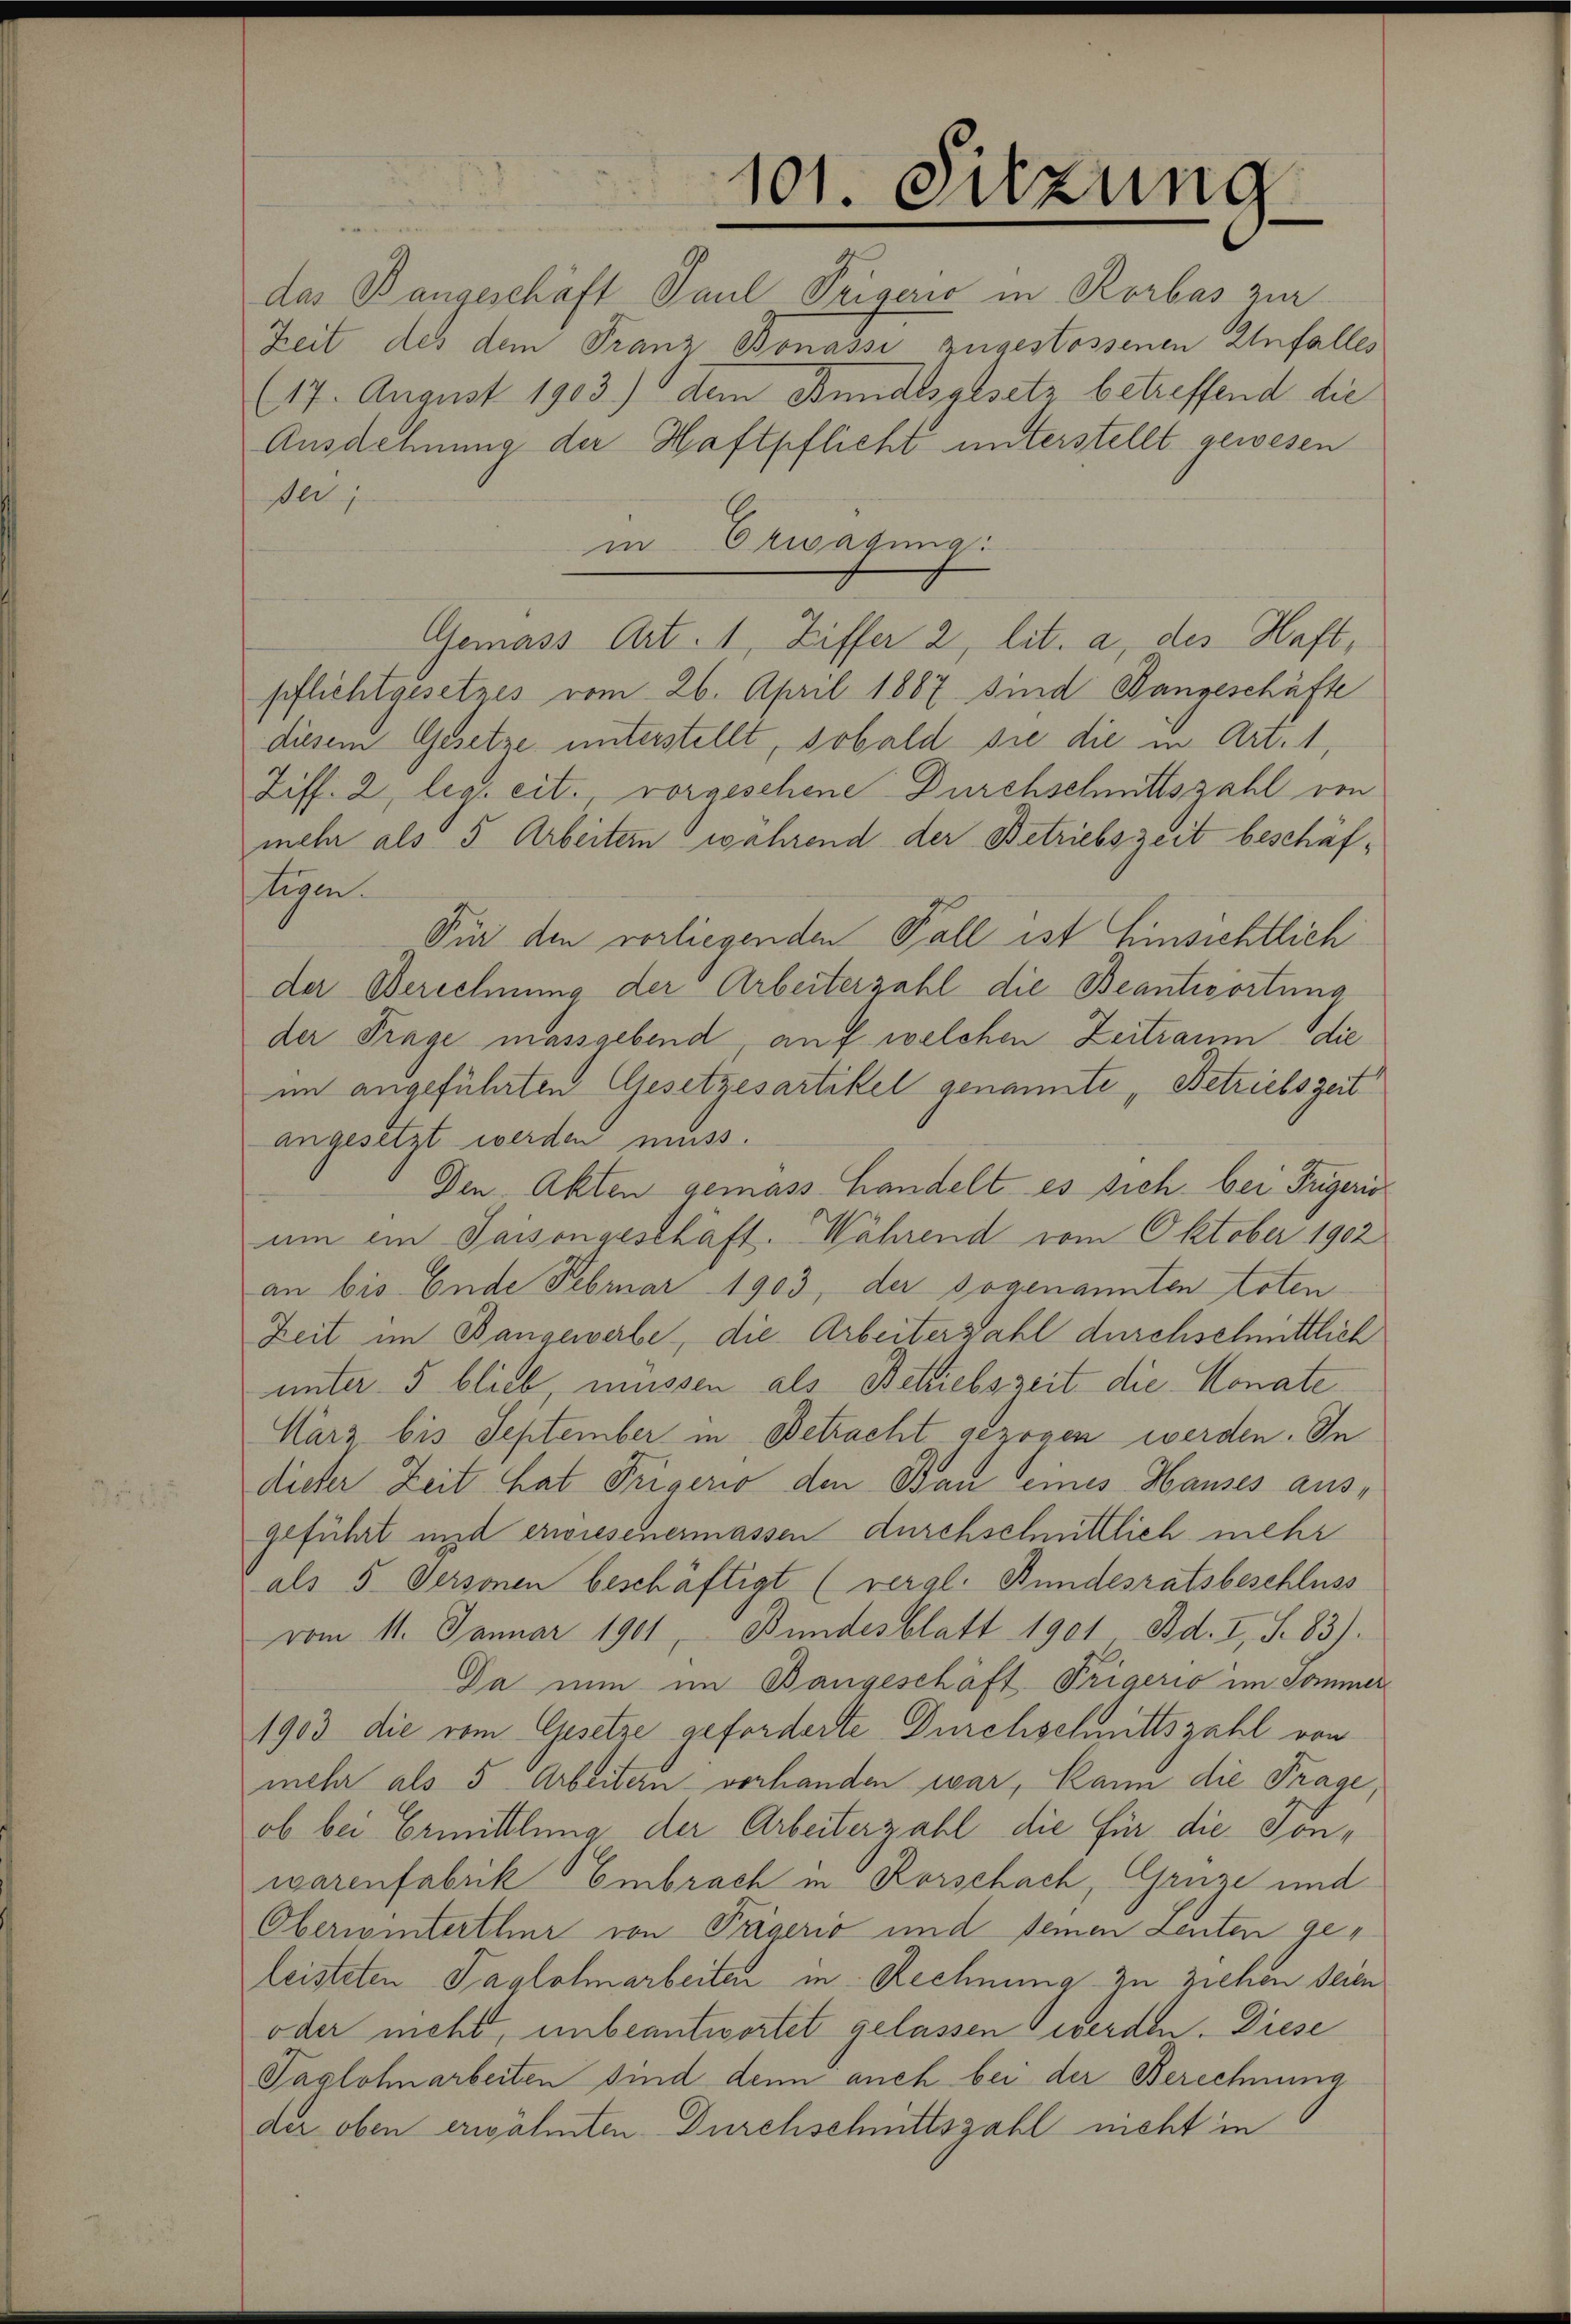
101. Sitzung

das Bangeschäft Paul Priserio in Rorbas zur
Zeit des dem Franz Bonasse zugestossenen Anfalles
(17. August 1903.) dem Bundesgesetz betreffend die
Ausdehnung der Haftpflicht unterstellt gewesen
ser
in Erwägung:
Gemäss Art. 1, Ziffer 2, lit. a, des Haft,
pflichtgesetzes vom 26. April 1867 sind Bangeschäfte
diesem Gesetze unterstellt, sobald sie die in Art. 1,
Ziff. 2, leg. eit. vorgeschene Durchschnittszahl von
mehr als 5 Arbeitern während der Betriebszeit beschäftigen.
Für den vorliegenden Fall ist Einsichtlich
der Berechnung der Arbeiterzahl die Beantwortung
der Frage massgebend, auf welchen Zeitraum die
im angeführten Gesetzesartikel genannte „Betriebszeit
angesetzt werden muss.
Den Akten gemass Handelt es sich bei Prügeric
um ein Saisongesthaft. Während vom Oktober 1902
an bis Ende Februar 1903, der sogenannten toten
Zeit im Bangewerbe, die Arbeiterzahl durchschnittlich
unter 5 blieb, müssen als Betriebszeit die Monate
März bis September in Betracht gezogen werden. In
dieser Zeit hat Trigerio den Bau seines Hauses ausgeführt und erwiesenermassen durchschnittlich mehr
als 5. Personen beschäftigt (vergl. Bundesratsbeschluss
vom 11. Januar 1901, Bundesblatt 1901 Bd. I, S. 83).
Da nun im Bangeschäft Prigerio im Sommer
1903 die vom Gesetze geforderte Durchschnittszahl von
mehr als 5 Arbeitern vorhanden war, kann die Frage,
ob bei Ermittlung der Arbeiterzahl die für die Sonwarenfabrik Embrach in Korschach, Grüze und
Oberwinterthur von Pägerio und seinen deuten geleisteten Taglolmarbeiten in Rechnung zu ziehen seien
oder mehr, unbeantwortet gelassen werden. Diese
Taglohnarbeiten sind denn auch bei der Berechnung
der oben erwähnten Durchschnittszahl nicht in